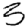
Digit: 3